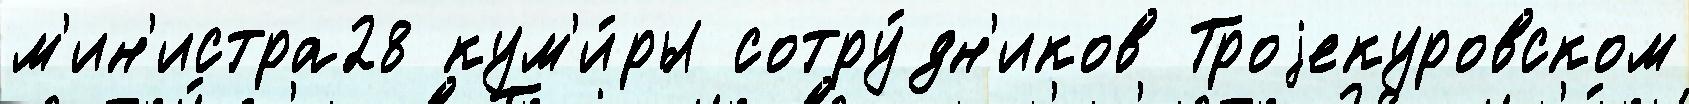
м'ин'истра28 кум'и́ры сотру́дн'иков Троjекуровском